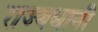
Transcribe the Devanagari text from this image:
राज्यधानी